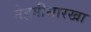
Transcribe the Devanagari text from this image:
नेहमीसारखा